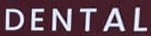
DENTAL